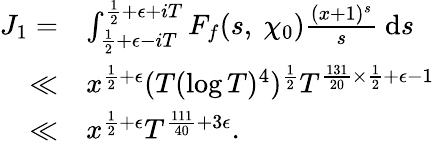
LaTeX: \begin{array}{rl}{J_{1}=}&{\int_{\frac{1}{2}+\epsilon-iT}^{\frac{1}{2}+\epsilon+iT}F_{f}(s,\ \chi_{0})\frac{(x+1)^{s}}{s}\ \mathrm{d}s}\\ {\ll}&{x^{\frac{1}{2}+\epsilon}(T(\log T)^{4})^{\frac{1}{2}}T^{\frac{131}{20}\times\frac{1}{2}+\epsilon-1}}\\ {\ll}&{x^{\frac{1}{2}+\epsilon}T^{\frac{111}{40}+3\epsilon}.}\end{array}